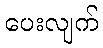
ပေးလျက်